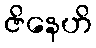
ဇိနေဟိ